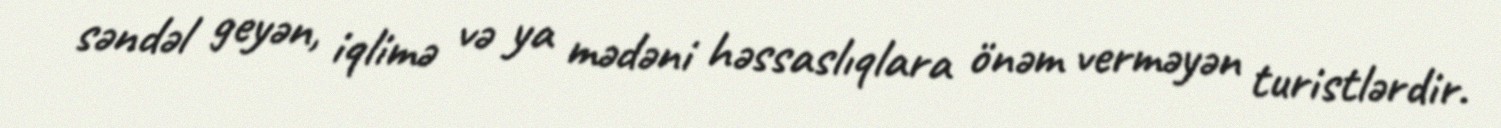
səndəl geyən, iqlimə və ya mədəni həssaslıqlara önəm verməyən turistlərdir.